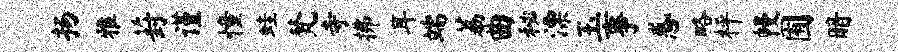
扬雅葑谨憧蛙梵寺拂耳端荔曲秘漂玉事惑略枰幔囿暗